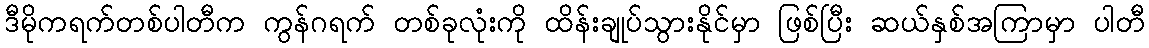
ဒီမိုကရက်တစ်ပါတီက ကွန်ဂရက် တစ်ခုလုံးကို ထိန်းချုပ်သွားနိုင်မှာ ဖြစ်ပြီး ဆယ်နှစ်အကြာမှာ ပါတီ